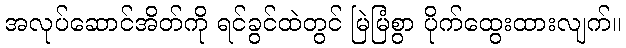
အလုပ်ဆောင်အိတ်ကို ရင်ခွင်ထဲတွင် မြဲမြံစွာ ပိုက်ထွေးထားလျက်။